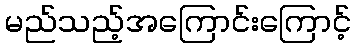
မည်သည့်အကြောင်းကြောင့်